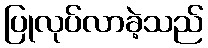
ပြုလုပ်လာခဲ့သည်